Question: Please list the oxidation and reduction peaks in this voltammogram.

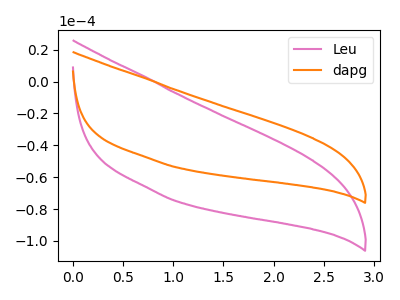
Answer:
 <answer>The pink curve "Leu" has no peaks. The orange curve "dapg" has no peaks.</answer>
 <eval></eval>